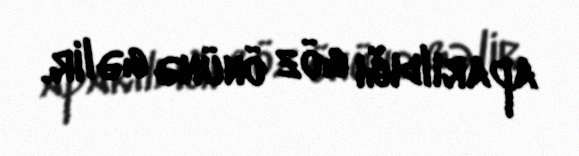
aparıldığı göz önünə gəlir.